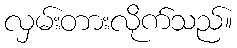
လှမ်းတားလိုက်သည်။